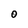
Character: O